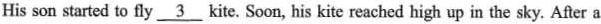
His son started to fly \underline{3} kite. Soon, his kite reached high up in the sky. Afer a